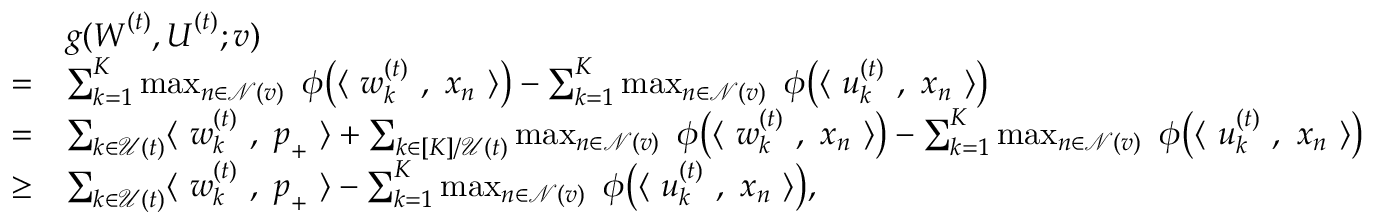
\begin{array} { r l } & { g ( { \boldsymbol W } ^ { ( t ) } , { \boldsymbol U } ^ { ( t ) } ; { \boldsymbol v } ) } \\ { = } & { \sum _ { k = 1 } ^ { K } \operatorname* { m a x } _ { n \in \mathcal { N } ( v ) } ~ \phi \big ( \langle ~ { \boldsymbol w } _ { k } ^ { ( t ) } ~ , ~ { \boldsymbol x } _ { n } ~ \rangle \big ) - \sum _ { k = 1 } ^ { K } \operatorname* { m a x } _ { n \in \mathcal { N } ( v ) } ~ \phi \big ( \langle ~ { \boldsymbol u } _ { k } ^ { ( t ) } ~ , ~ { \boldsymbol x } _ { n } ~ \rangle \big ) } \\ { = } & { \sum _ { k \in \mathcal { U } ( t ) } \langle ~ { \boldsymbol w } _ { k } ^ { ( t ) } ~ , ~ { \boldsymbol p } _ { + } ~ \rangle + \sum _ { k \in [ K ] / \mathcal { U } ( t ) } \operatorname* { m a x } _ { n \in \mathcal { N } ( v ) } ~ \phi \big ( \langle ~ { \boldsymbol w } _ { k } ^ { ( t ) } ~ , ~ { \boldsymbol x } _ { n } ~ \rangle \big ) - \sum _ { k = 1 } ^ { K } \operatorname* { m a x } _ { n \in \mathcal { N } ( v ) } ~ \phi \big ( \langle ~ { \boldsymbol u } _ { k } ^ { ( t ) } ~ , ~ { \boldsymbol x } _ { n } ~ \rangle \big ) } \\ { \ge } & { \sum _ { k \in \mathcal { U } ( t ) } \langle ~ { \boldsymbol w } _ { k } ^ { ( t ) } ~ , ~ { \boldsymbol p } _ { + } ~ \rangle - \sum _ { k = 1 } ^ { K } \operatorname* { m a x } _ { n \in \mathcal { N } ( v ) } ~ \phi \big ( \langle ~ { \boldsymbol u } _ { k } ^ { ( t ) } ~ , ~ { \boldsymbol x } _ { n } ~ \rangle \big ) , } \end{array}